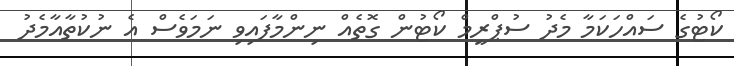
ކޯޓުގެ ސައްހަކަމާ މެދު ސުޕްރީމް ކޯޓުން ގޮތެއް ނިންމާފައިވި ނަމަވެސް އެ ނުކުތާއާމެދު